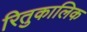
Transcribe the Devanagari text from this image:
रितुकालिक